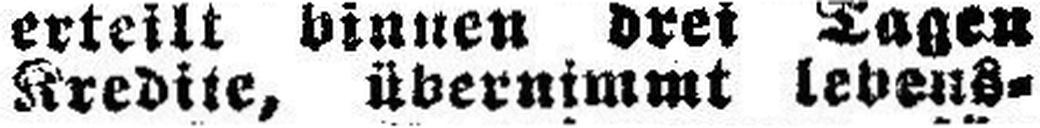
Kredite, übernimmt lebens¬